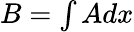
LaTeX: \textstyle B=\int Adx